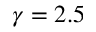
\gamma = 2 . 5